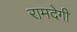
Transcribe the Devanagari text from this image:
रामदेगी